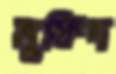
মুফিদ